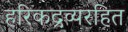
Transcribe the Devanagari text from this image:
हरिकद्रव्यरहित